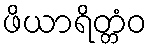
ဖိယာရိတ္တံဝ